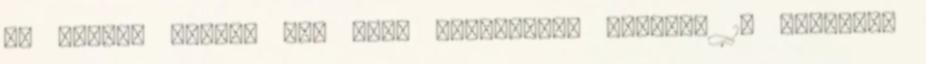
és nyújts Vegyél egy mély lélegzetet Csinálj 15 felülést